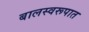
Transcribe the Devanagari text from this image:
बालस्वरूपात